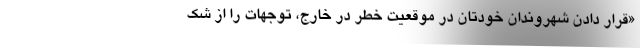
«قرار دادن شهروندان خودتان در موقعیت خطر در خارج، توجهات را از شک